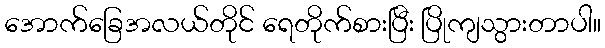
အောက်ခြေအလယ်တိုင် ရေတိုက်စားပြီး ပြိုကျသွားတာပါ။